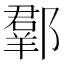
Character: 𨞗